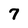
Character: 7